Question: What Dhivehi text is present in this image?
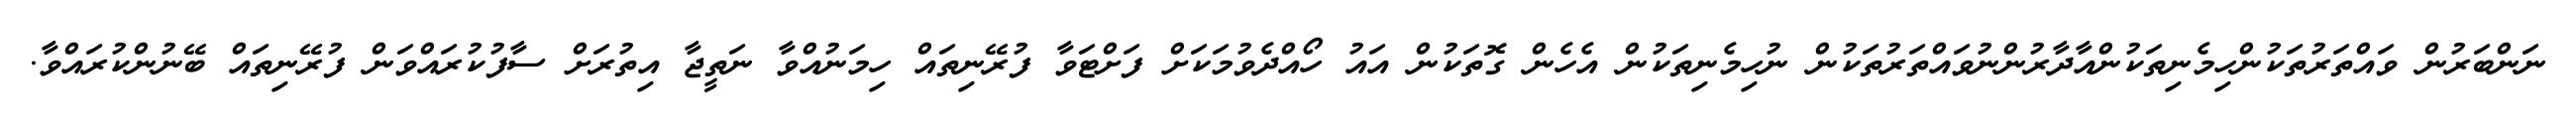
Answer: ނަންބަރުން ވައްތަރުތަކުންހިމެނިތަކުންއާދާރުންނުވައްތަރުތަކުން ނުހިމެނިތަކުން އެހެން ގޮތަކުން އައު ހޯއްދެވުމަކަށް ފަށްޓަވާ ފުރޭނިތައް ހިމަނުއްވާ ނަތީޖާ އިތުރަށް ސާފުކުރައްވަން ފުރޭނިތައް ބޭނުންކުރައްވާ.